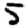
Digit: 5